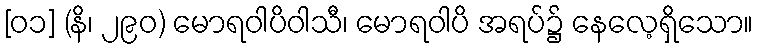
[၀၁] (နိ၊ ၂၉၀) မောရဝါပိဝါသီ၊ မောရဝါပိ အရပ်၌ နေလေ့ရှိသော။